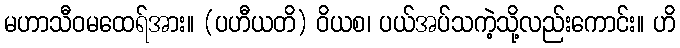
မဟာသီဝမထေရ်အား။ (ပဟီယတိ) ဝိယစ၊ ပယ်အပ်သကဲ့သို့လည်းကောင်း။ ဟိ